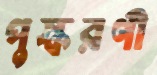
পুস্করণী